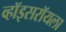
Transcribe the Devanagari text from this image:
व्हॉइसरॉयला